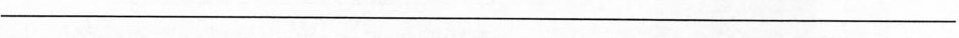
____________________________________